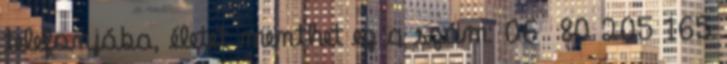
telefonjába, életet menthet ez a szám: 06 80 205 165